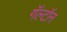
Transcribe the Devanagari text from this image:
गॅल्टॉन